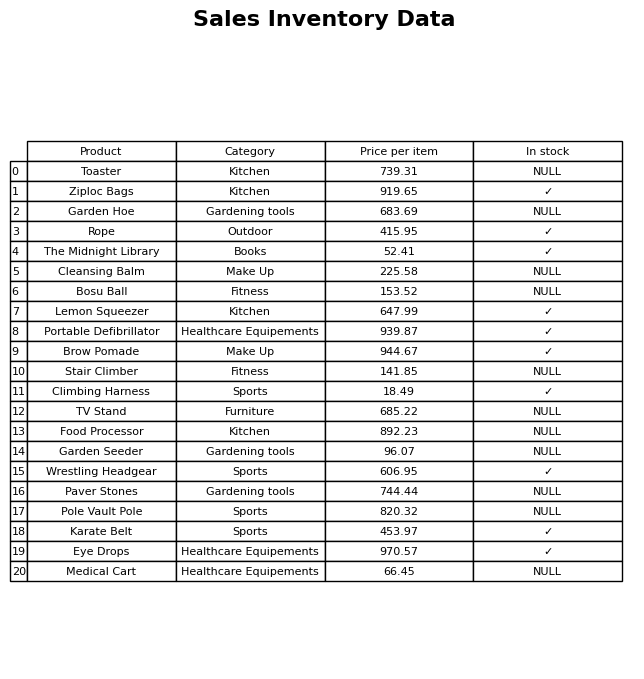
question: What is the price of the Wrestling Headgear?
answer: The price of Wrestling Headgear is 606.95.